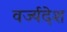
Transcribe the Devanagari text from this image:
वर्ज्यदेश